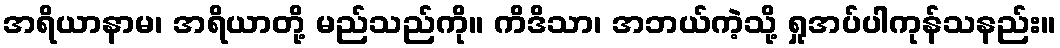
အရိယာနာမ၊ အရိယာတို့ မည်သည်ကို။ ကိဒိသာ၊ အဘယ်ကဲ့သို့ ရှုအပ်ပါကုန်သနည်း။